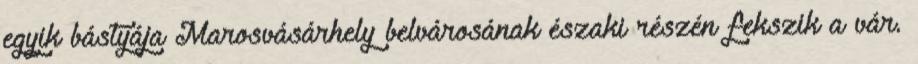
egyik bástyája Marosvásárhely belvárosának északi részén fekszik a vár.